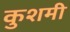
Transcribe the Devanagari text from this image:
कुशमी